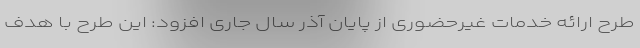
طرح ارائه خدمات غیرحضوری از پایان آذر سال جاری افزود: این طرح با هدف